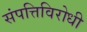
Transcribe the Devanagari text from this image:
संपत्तिविरोधी